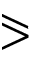
\eqslantgtr